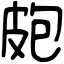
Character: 皰